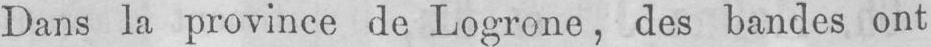
Dans la province de Logrone, des bandes ont